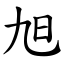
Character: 旭